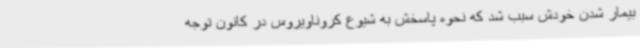
بیمار شدن خودش سبب شد که نحوه پاسخش به شیوع کروناویروس در کانون توجه